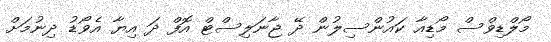
މޯލްޑިވްސް މޯޑިއާ ކައުންސިލުން ދޭ ޖާނަލިސްޓް އޮފް ދަ އިޔާ އެވޯޑު ދިނުމަށް